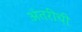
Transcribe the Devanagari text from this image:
अंतरीची